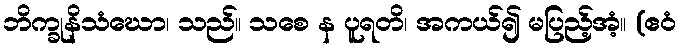
ဘိက္ခုနိသံဃော၊ သည်။ သစေ န ပူရတိ၊ အကယ်၍ မပြည့်အံ့။ (ဧဝံ